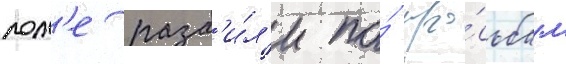
пол'е разб'и́л'и по́ про́сьбам